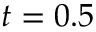
t = 0 . 5